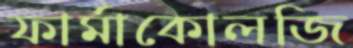
ফার্মাকোলজি